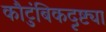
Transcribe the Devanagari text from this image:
कौटुंबिकदृष्ट्या